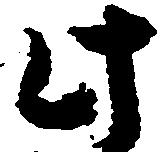
此